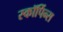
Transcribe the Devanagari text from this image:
स्कॉर्पिन्स